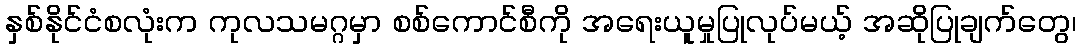
နှစ်နိုင်ငံစလုံးက ကုလသမဂ္ဂမှာ စစ်ကောင်စီကို အရေးယူမှုပြုလုပ်မယ့် အဆိုပြုချက်တွေ၊